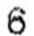
6